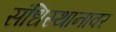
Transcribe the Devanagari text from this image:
संधिस्थानावर